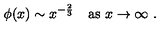
\phi ( x ) \sim x ^ { - { \frac { 2 } { 3 } } } \quad \mathrm { a s } \ x \rightarrow \infty \ .